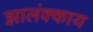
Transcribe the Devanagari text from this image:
झालंक्काय